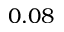
0 . 0 8